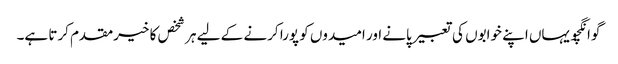
گوانگچو یہاں اپنے خوابوں کی تعبیر پانے اور امیدوں کو پورا کرنے کے لیے ہر شخص کا خیرمقدم کرتا ہے۔